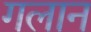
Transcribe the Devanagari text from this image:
गलान